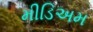
મીડિઅમ